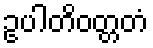
ဥပါတိဝတ္တတံ